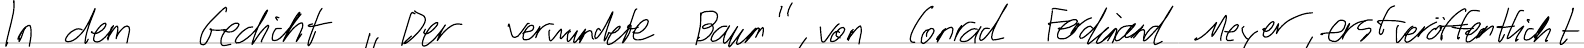
In dem Gedicht "Der verwundete Baum", von Conrad Ferdinand Meyer, erstveröffentlicht